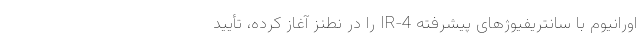
اورانیوم با سانتریفیوژهای پیشرفته IR-4‌ را در نطنز آغاز کرده، تأیید